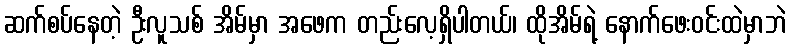
ဆက်စပ်နေတဲ့ ဦးလူသစ် အိမ်မှာ အဖေက တည်းလေ့ရှိပါတယ်၊ ထိုအိမ်ရဲ့ နောက်ဖေးဝင်းထဲမှာဘဲ